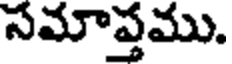
సమాప్తము.